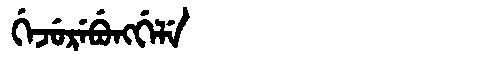
Manchu: ᡤᡝᠵᡠᡵᡝᠪᡠᠩᡤᡝᠯᡝ
Romanization: GEJUREBUNGGELE